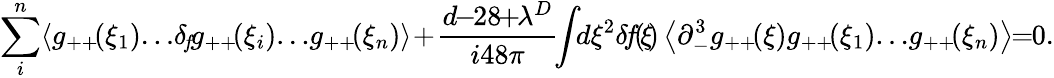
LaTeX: \sum_{i}^{n}\! \left<g_{++}\! (\xi_{1})\! \dots\! \delta_{\! f}\! g_{++}\! (\xi_{i})\! \dots\! g_{++}\! (\xi_{n})\right>\! +\! \frac{d\! \! -\! \! 28\! \! +\! \! \lambda^{D}}{i48\pi}\! \! \int\! \! d\xi^{2}\! \, \delta\! f\! (\! \xi\! )\left<\partial_{-}^{3}g_{++}\! (\xi)g_{++}\! (\xi_{1})\! \dots\! g_{++}\! (\xi_{n})\right>\! \! =\! \! 0.